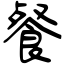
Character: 餐